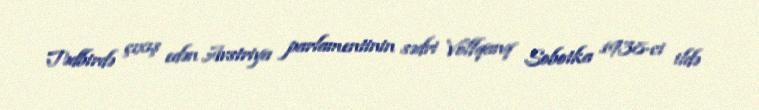
Tədbirdə çıxış edən Avstriya parlamentinin sədri Volfqanq Sobotka 1938-ci ildə